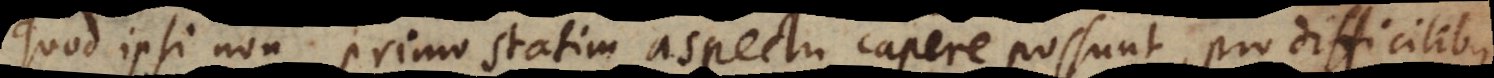
quod ipsi non primo statim aspectu capere possunt, pro difficilibus